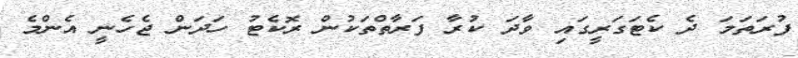
ފުރަތަމަ ދެ ކެޓަގަރީގައި ވާދަ ކުރާ ފަރާތްތަކުން ރޮކެޓު ހަދަން ޖެހެނީ އެންމެ